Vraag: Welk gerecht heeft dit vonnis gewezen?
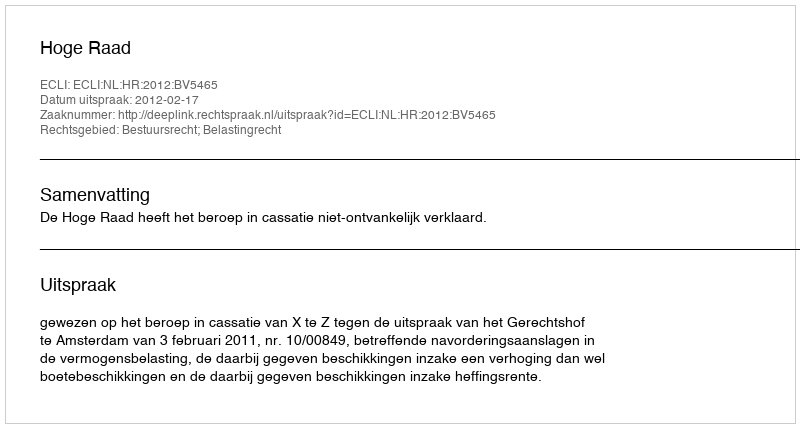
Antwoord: Hoge Raad